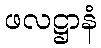
ဖလဋ္ဌာနံ